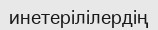
инетерілілердің